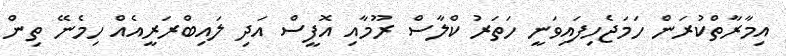
އިމާރާތްކުރަން ހަމަޖެހިފައިވަނީ ހަތަރު ކްލާސް ރޫމާއި އޮފީސް އަދި ލައިބްރަރީއެއް ހިމެނޭ ތިން